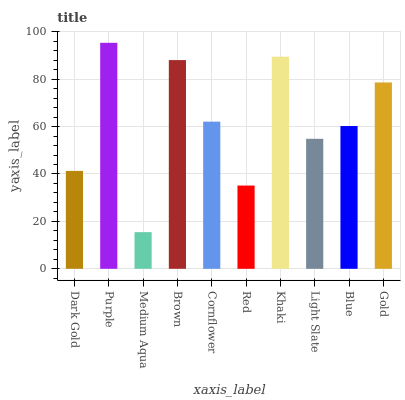
| xaxis_label | bars |
 | --- | --- |
 | Dark Gold | 41.3 |
 | Purple | 95.4 |
 | Medium Aqua | 15.5 |
 | Brown | 88.1 |
 | Cornflower | 62.1 |
 | Red | 35.1 |
 | Khaki | 89.5 |
 | Light Slate | 54.8 |
 | Blue | 60.2 |
 | Gold | 78.6 |